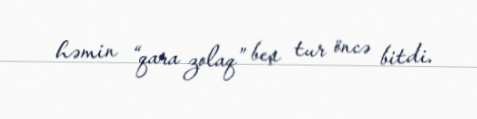
həmin “qara zolaq” beş tur öncə bitdi.